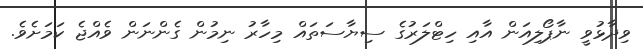
ވިދާޅުވީ ނާޕޯލިއަން އާއި ހިޓްލަރުގެ ސިޔާސަތައް މިހާރު ނިމުން ގެންނަން ވެއްޖެ ކަމަށެވެ.